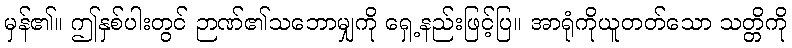
မှန်၏။ ဤနှစ်ပါးတွင် ဉာဏ်၏သဘောမျှကို ရှေ့နည်းဖြင့်ပြ။ အာရုံကိုယူတတ်သော သတ္တိကို